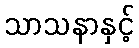
သာသနာနှင့်